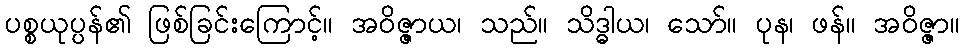
ပစ္စယုပ္ပန်၏ ဖြစ်ခြင်းကြောင့်။ အဝိဇ္ဇာယ၊ သည်။ သိဒ္ဓါယ၊ သော်။ ပုန၊ ဖန်။ အဝိဇ္ဇာ။